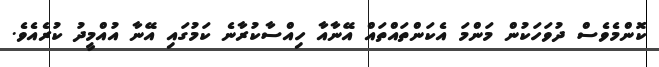
ކޮންމެވެސް ދުވަހަކުން މަންމަ އެކަންތައްތައް އޭނާއާ ހިއްސާކުރާނެ ކަމުގައި އޭނާ އުއްމީދު ކުރެއެވެ.